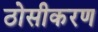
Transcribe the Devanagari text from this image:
ठोसीकरण